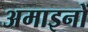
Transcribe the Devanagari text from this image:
अमाइनों